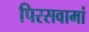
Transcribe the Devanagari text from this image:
पिरसवामां